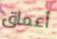
أعماق